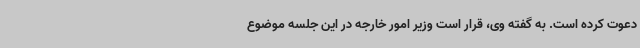
دعوت کرده است. به گفته وی، قرار است وزیر امور خارجه در این جلسه موضوع